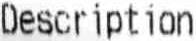
DESCRIPTION